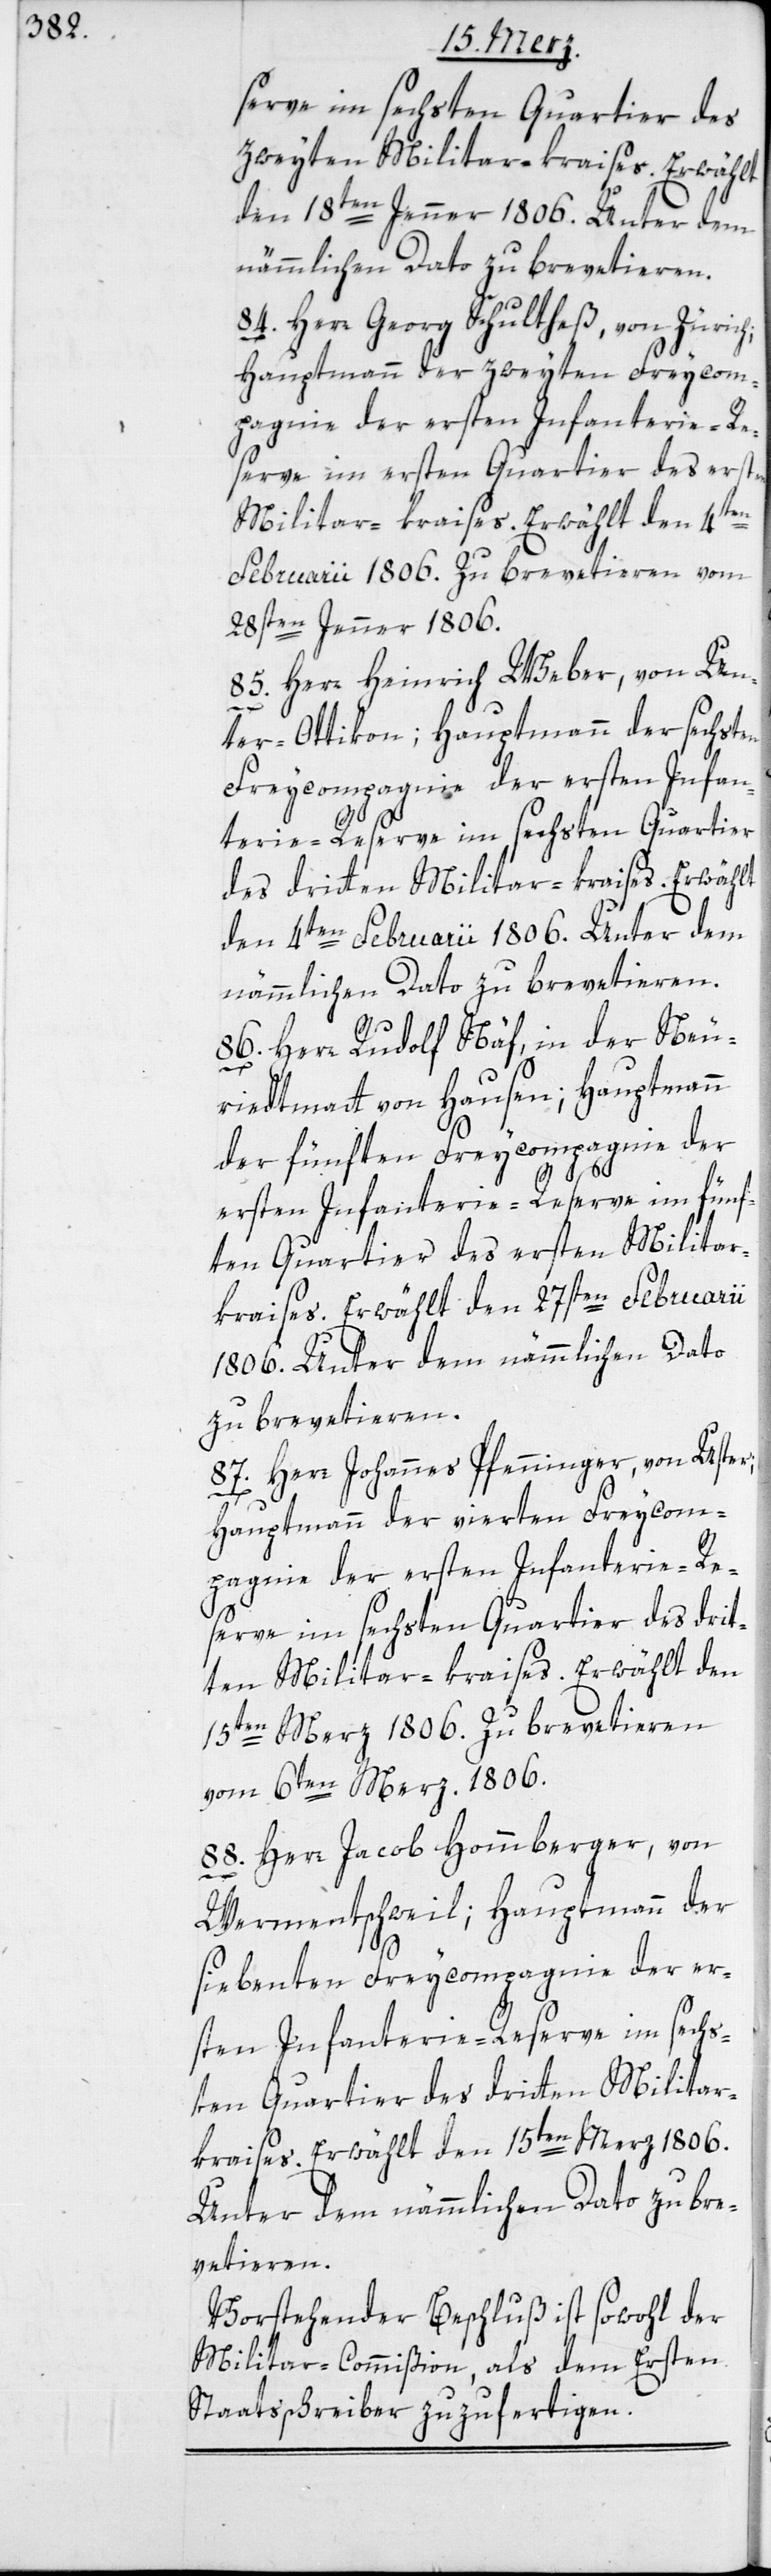
serve im sechsten Quartier des
zweyten Militar-kraises. Erwählt
den 18ten Jenner 1806. Unter dem
nämmlichen Dato zu brevetieren.
84. Herr Georg Schultheß, von Zürich;
Hauptmann der zweyten Freycom¬
pagnie der ersten Infanterie-Re¬
serve im ersten Quartier des ersten
Militar-kraises. Erwählt den 4ten
Februarii 1806. Zu brevetieren vom
28sten Jenner 1806.
85. Herr Heinrich Weber, von Un¬
ter-Ottikon; Hauptmann der sechsten
Freycompagnie der ersten Infan¬
terie-Reserve im sechsten Quartier
des dritten Militar-kraises. Erwählt
den 4ten Februarii 1806. Unter dem
nämmlichen Dato zu brevetieren.
86. Herr Rudolf Näf, in der Neu¬
riedtmatt von Hausen; Hauptmann
der fünften Freycompagnie der
ersten Infanterie-Reserve im fünf¬
ten Quartier des ersten Militar¬
kraises. Erwählt den 27sten Februarii
1806. Unter dem nämmlichen Dato
zu brevetieren.
87. Herr Johannes Pfenninger, von Uster;
Hauptmann der vierten Freycom¬
pagnie der ersten Infanterie-Re¬
serve im sechsten Quartier des drit¬
ten Militar-Kraises. Erwählt den
15ten Merz 1806. Zu brevetieren
vom 6ten Merz 1806.
88. Herr Jacob Homberger, von
Wermatschweil; Hauptmann der
siebenten Freycompagnie der er¬
sten Infanterie-Reserve im sechs¬
ten Quartier des dritten Milita¬
r-kraises. Erwählt den 15ten Merz 1806.
Unter dem nämmlichen Dato zu bre¬
vetieren.
Vorstehender Beschluß ist sowohl der
Militar-Commißion, als dem Ersten
Staatsschreiber zuzufertigen.